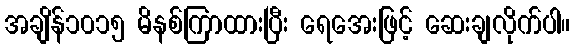
အချိန်၁၀၁၅ မိနစ်ကြာထားပြီး ရေအေးဖြင့် ဆေးချလိုက်ပါ။